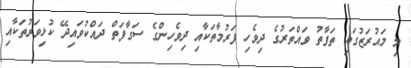
މި މައުރަޒުގައި ތަފާތު ވައްތަރުގެ ދިވެހި ފަރުމާތަކާއި ދިވެހިންގެ ސަގާފަތް ދައްކުވައިދޭ ކުޅިވަރުތަކާއި